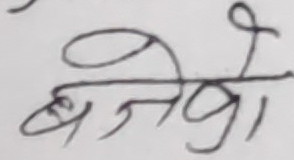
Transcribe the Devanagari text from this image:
बजेको